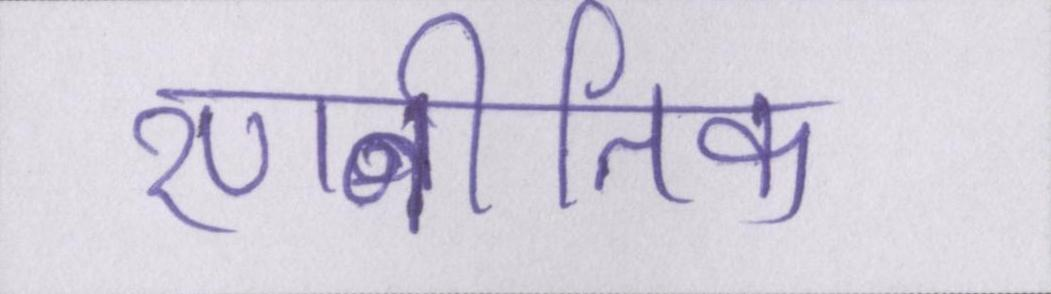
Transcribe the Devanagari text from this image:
रणनीतिक